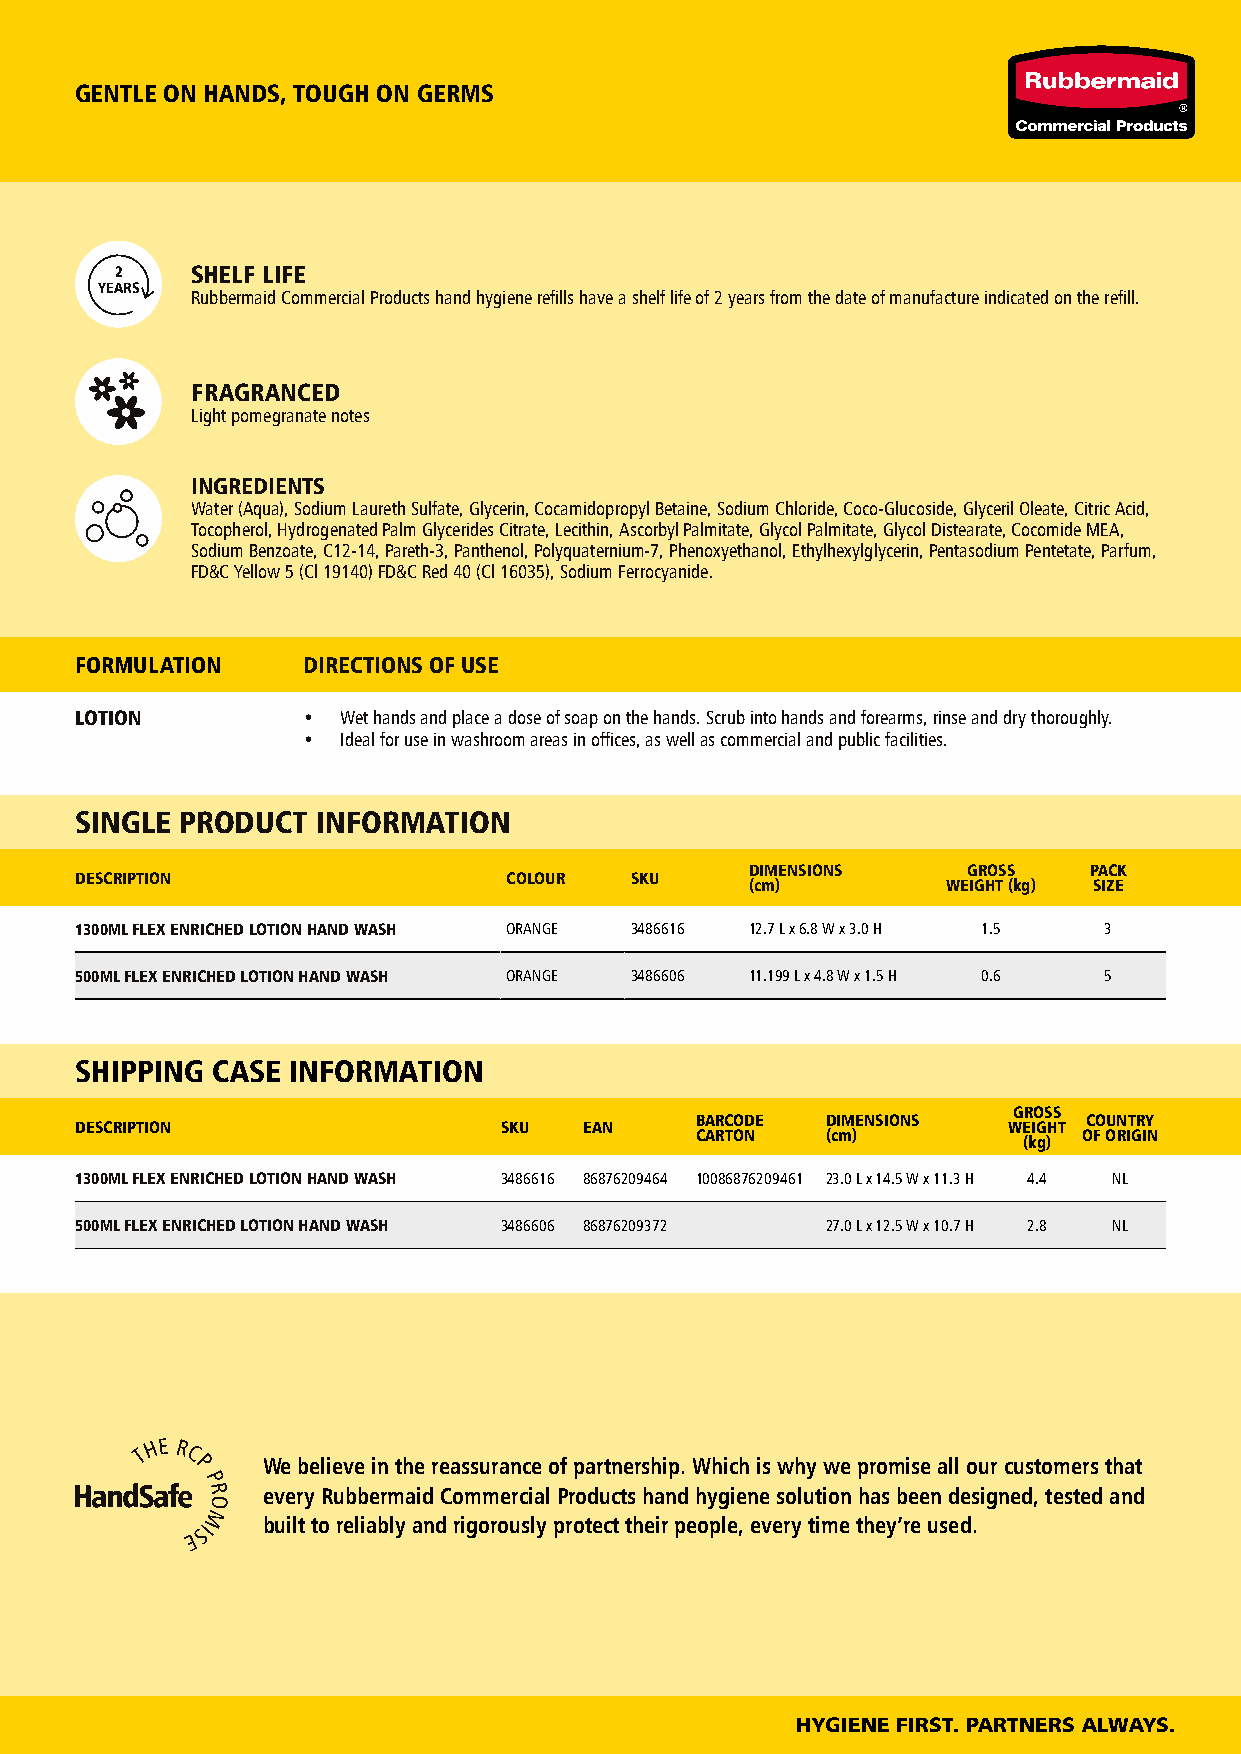
GENTLE ON HANDS, TOUGH ON GERMS
 2    SHELF LIFE
 YEARS
 Rubbermaid Commercial Products hand hygiene refills have a shelf life of 2 years from the date of manufacture indicated on the refill.
 FRAGRANCED
 Light pomegranate notes
 INGREDIENTS
 Water (Aqua), Sodium Laureth Sulfate, Glycerin, Cocamidopropyl Betaine, Sodium Chloride, Coco-Glucoside, Glyceril Oleate, Citric Acid,
 Tocopherol, Hydrogenated Palm Glycerides Citrate, Lecithin, Ascorbyl Palmitate, Glycol Palmitate, Glycol Distearate, Cocomide MEA,
 Sodium Benzoate, C12-14, Pareth-3, Panthenol, Polyquaternium-7, Phenoxyethanol, Ethylhexylglycerin, Pentasodium Pentetate, Parfum,
 FD&C Yellow 5 (Cl 19140) FD&C Red 40 (Cl 16035), Sodium Ferrocyanide.
 FORMULATION    DIRECTIONS OF USE
 LOTION         •  Wet hands and place a dose of soap on the hands. Scrub into hands and forearms, rinse and dry thoroughly.
 •  Ideal for use in washroom areas in offices, as well as commercial and public facilities.
 SINGLE PRODUCT  INFORMATION
 DIMENSIONS    GROSS   PACK
 DESCRIPTION                  COLOUR  SKU
 (cm)         WEIGHT (kg) SIZE
 1300ML FLEX ENRICHED LOTION HAND WASH ORANGE 3486616 12.7 L x 6.8 W x 3.0 H 1.5 3
 500ML FLEX ENRICHED LOTION HAND WASH ORANGE 3486606 11.199 L x 4.8 W x 1.5 H 0.6 5
 SHIPPING CASE INFORMATION
 GROSS
 BARCODE  DIMENSIONS       COUNTRY
 DESCRIPTION                 SKU   EAN                         WEIGHT
 CARTON   (cm)             OF ORIGIN
 (kg)
 1300ML FLEX ENRICHED LOTION HAND WASH 3486616 86876209464 10086876209461 23.0 L x 14.5 W x 11.3 H 4.4 NL
 500ML FLEX ENRICHED LOTION HAND WASH 3486606 86876209372 27.0 L x 12.5 W x 10.7 H 2.8 NL
 We believe in the reassurance of partnership. Which is why we promise all our customers that
 every Rubbermaid Commercial Products hand hygiene solution has been designed, tested and
 built to reliably and rigorously protect their people, every time they’re used.
 HYGIENE FIRST. PARTNERS ALWAYS.